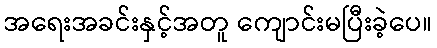
အရေးအခင်းနှင့်အတူ ကျောင်းမပြီးခဲ့ပေ။